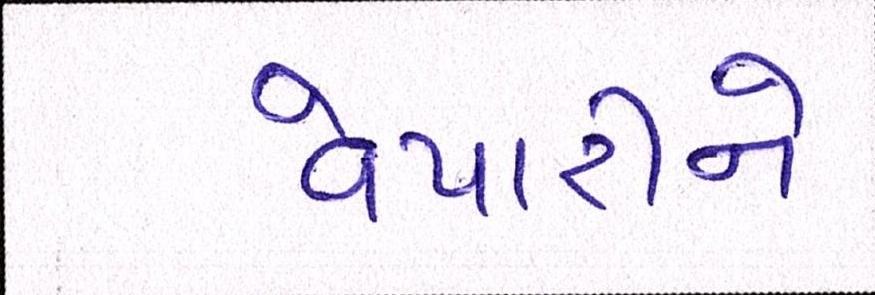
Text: વેપારીને